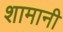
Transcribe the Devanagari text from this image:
शामानी